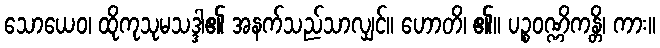
သောယေဝ၊ ထိုကုသုမသဒ္ဒါ၏ အနက်သည်သာလျှင်။ ဟောတိ၊ ၏။ ပဉ္စဝဏ္ဏိကန္တိ၊ ကား။